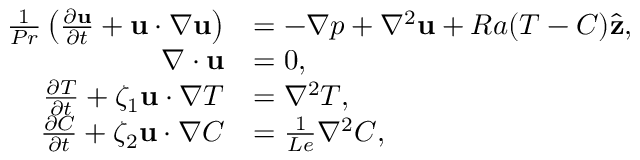
\begin{array} { r l } { \frac { 1 } { P r } \left( \frac { \partial \mathbf { u } } { \partial t } + \mathbf { u } \cdot \nabla \mathbf { u } \right) } & { = - \nabla p + \nabla ^ { 2 } \mathbf { u } + R a ( T - C ) \hat { \mathbf { z } } , } \\ { \nabla \cdot \mathbf { u } } & { = 0 , } \\ { \frac { \partial T } { \partial t } + \zeta _ { 1 } \mathbf { u } \cdot \nabla T } & { = \nabla ^ { 2 } T , } \\ { \frac { \partial C } { \partial t } + \zeta _ { 2 } \mathbf { u } \cdot \nabla C } & { = \frac { 1 } { L e } \nabla ^ { 2 } C , } \end{array}